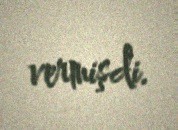
vermişdi.